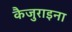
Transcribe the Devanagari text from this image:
कैजुराइना